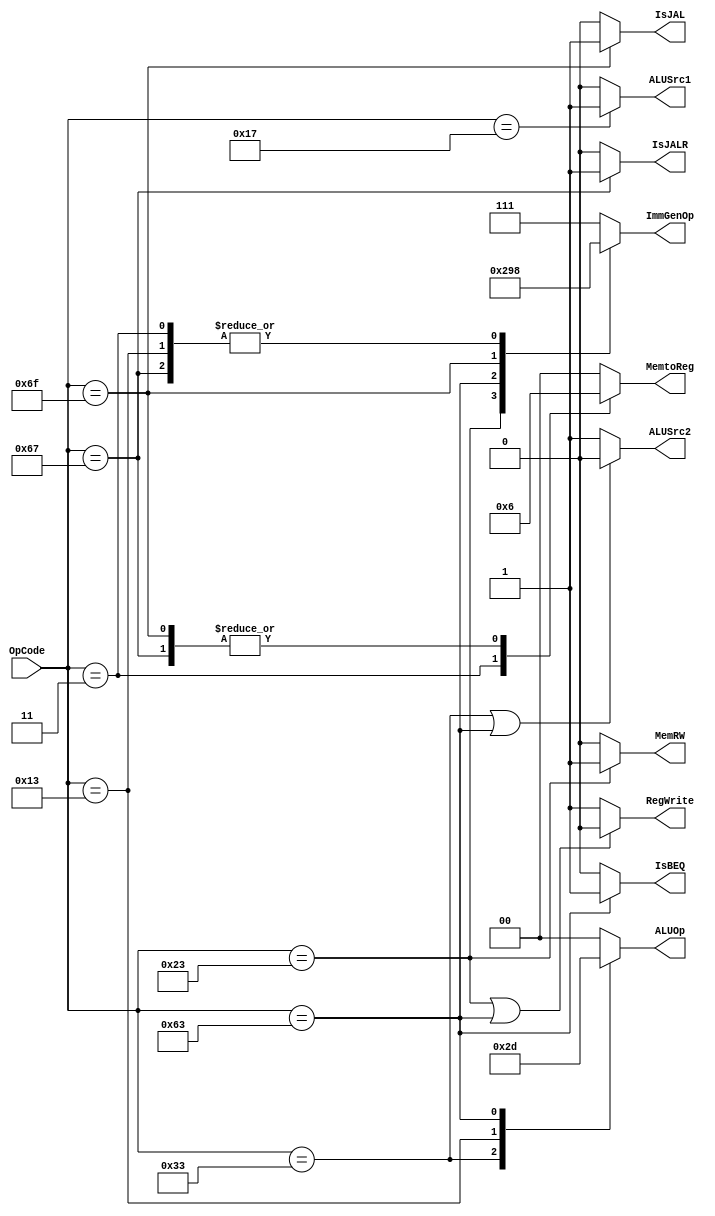
// Your code
module control(
    OpCode, //Instruction[6:0]
    ALUOp,  //to ALUctl
    RegWrite,
    ALUSrc1, 
    ALUSrc2,
    IsBEQ,
    IsJAL,
    IsJALR,
    MemRW,
    MemtoReg,
    ImmGenOp);
    // Definition of ports
    input  [6:0]  OpCode;

    output [1:0]  ALUOp;
    output        RegWrite;
    output        ALUSrc1;
    output        ALUSrc2;
    output        IsBEQ;
    output        IsJAL;
    output        IsJALR;
    output        MemRW;
    output [1:0]  MemtoReg;//00:alu 01:data mem 10:PC+4
    output [2:0]  ImmGenOp;

    parameter Rtype = 7'b0110011;//add, sub, include MUL
    parameter Itype = 7'b0010011;//addi, slti   
    parameter LW    = 7'b0000011;
    parameter SW    = 7'b0100011;
    parameter BEQ   = 7'b1100011;
    parameter JAL   = 7'b1101111;
    parameter JALR  = 7'b1100111;
    parameter AUIPC = 7'b0010111;

    //reg  [ 6:0] in_op;
    reg  [2:0] immgenop;
    reg  [1:0] aluop,  memtoreg;
    reg        regwrite, alusrc1, alusrc2, beq, jal, jalr, memrw;

    // Todo 5: wire assignments
    assign ALUOp    = aluop;
    assign RegWrite = regwrite;
    assign ALUSrc1  = alusrc1;
    assign ALUSrc2  = alusrc2;
    assign IsBEQ    = beq;
    assign IsJAL    = jal;
    assign IsJALR   = jalr;    
    assign MemRW    = memrw;
    assign MemtoReg = memtoreg;
    assign ImmGenOp = immgenop;

    // Combinational always block
    always @(*) begin
        case(OpCode)
            Rtype:  aluop = 2'b10;
            Itype:  aluop = 2'b11;
            BEQ  :  aluop = 2'b01;
            default:aluop = 2'b00;
        endcase
        
        regwrite = ((OpCode==SW)||(OpCode==BEQ))? 0:1;
        alusrc1  = (OpCode==AUIPC)? 1:0;
        alusrc2  = ((OpCode==Rtype)||(OpCode==BEQ))? 0:1;
        memrw    = (OpCode==SW   )? 1:0;

        beq      = (OpCode==BEQ  )? 1:0;
        jal      = (OpCode==JAL  )? 1:0;
        jalr     = (OpCode==JALR )? 1:0;

        case(OpCode)
            LW   :  memtoreg = 2'b01;
            JAL  :  memtoreg = 2'b10;
            JALR :  memtoreg = 2'b10;
            default:memtoreg = 2'b00;
        endcase 

        case(OpCode)
            Itype:  immgenop = 3'b000;
            LW   :  immgenop = 3'b000;
            SW   :  immgenop = 3'b001; // s-type
            BEQ  :  immgenop = 3'b010; // sb-type
            JAL  :  immgenop = 3'b011; // uj-type
            JALR :  immgenop = 3'b000; // i-type
            default:immgenop = 3'b111;
        endcase
    end
endmodule 

module ALUControl(ALUOp, Funct, ALUCtl, MULValid, ShiftCtl, Src);
	input   [1:0] ALUOp ;
	input   [4:0] Funct ; // Instruction[30, 25, 14:12]
	output  reg [3:0] ALUCtl;
	output  reg       MULValid;
    output  reg [1:0] ShiftCtl;
    output  reg [1:0] Src;
	always @(*) begin
        MULValid = 0;
		case (ALUOp)
            2'b00:begin
                ALUCtl = 4'b0010;
                ShiftCtl = 2'b00;
                Src=2'b01;
            end
            2'b01:begin
                ALUCtl = 4'b0110;
                ShiftCtl = 2'b00;
                Src=(Funct[2:0]==3'b000)?2'b01:2'b00;                
            end
			2'b11: begin //Itype
                ALUCtl = 4'b0010; // lw, sw -> add  

                case (Funct[2:0])
                    3'b000:begin //addi
                        ALUCtl   = 4'b0010;
                        ShiftCtl = 2'b00;
                        Src      = 2'b01;
                    end
                    3'b010:begin //slti
                        ALUCtl   = 4'b0110;
                        ShiftCtl = 2'b00; 
                        Src      = 2'b00;
                    end                       
                    3'b001:begin // slli
                        ShiftCtl = 2'b00;
                        Src      = 2'b11;
                    end
                    3'b101:begin
                        ShiftCtl = (Funct[4]==0)?2'b01:2'b11; // srli or srai
                        Src      = 2'b11;
                    end
                    default:begin
                        ShiftCtl = 2'b00; 
                        Src      = 2'b11;
                    end
                endcase

            end

            2'b10: begin // R-type
                Src = 2'b01;
                ShiftCtl = 2'b00; 
                case (Funct)
                    5'b00000: ALUCtl = 4'b0010; // add
                    5'b10000: ALUCtl = 4'b0110; // subtract
                    5'b00111: ALUCtl = 4'b0000; // AND
                    5'b00110: ALUCtl = 4'b0001; // OR
                    5'b01000:begin
                        ALUCtl = 4'b0010;
                        MULValid = 1; // MUL
                        Src = 2'b10;
                    end
                    default: ALUCtl = 4'b0010;
                endcase
            end
            default: begin
                ALUCtl = 4'b0010;
                Src = 2'b01;
                ShiftCtl = 2'b01; 
            end
        endcase
    end
endmodule

module shift(
    shiftctrl,
    rs1,
    in_2, // instruction[24:20]
    shift_out);

    input [1:0]  shiftctrl;
    input signed [31:0] rs1;
    input [31:0] in_2;
    output[31:0] shift_out;


    parameter sl  = 2'b00;
    parameter sr  = 2'b01;
    parameter sra = 2'b11;

    reg   [31:0] out;

    assign shift_out=out;

    always @(*) begin
        case(shiftctrl)
            sl :    out = rs1<<in_2;
            sr :    out = rs1>>in_2;
            sra:    out = rs1>>>in_2;
            default:out =0;
        endcase
    end
endmodule

module ALU(alu_in1,alu_in2,zero,alu_result,alu_control,sign);

	//Definition of ports
	input [3:0] alu_control;
	input [31:0] alu_in1,alu_in2;
	output zero;
	output[31:0] alu_result;
    output sign;

	assign alu_result = (alu_control==4'b0000)?(alu_in1 & alu_in2):
	             		(alu_control==4'b0001)?(alu_in1 | alu_in2):
				 		(alu_control==4'b0010)?(alu_in1 + alu_in2):
				 		(alu_control==4'b0110)?(alu_in1 - alu_in2):32'b0;

	assign zero = (alu_result == 32'b0)?1:0;

    assign sign = alu_result[31];

endmodule

module ImmGen(
    ImmGenOp,
    Inst,
    Imm
);
    input [2:0]  ImmGenOp;
    input [31:0] Inst;
    output[31:0] Imm;

    parameter I =3'b000;
    parameter S =3'b001;
    parameter SB=3'b010;
    parameter UJ=3'b011;
    parameter U =3'b100;

    reg   [31:0] out;

    assign Imm=out;

    always @(*) begin
        case(ImmGenOp)
            I :     out={{21{Inst[31]}}, Inst[30:20]};
            S :     out={{21{Inst[31]}}, Inst[30:25], Inst[11:7]};
            SB:     out={{20{Inst[31]}}, Inst[7],     Inst[30:25], Inst[11:8],  1'b0};
            UJ:     out={{12{Inst[31]}}, Inst[19:12], Inst[20],    Inst[30:21], 1'b0};
            U :     out={Inst[31:12],    {12{1'b0}} };
            default:out=0;
        endcase
    end
endmodule

module CHIP(clk,
            rst_n,
            // For mem_D
            mem_wen_D,
            mem_addr_D,
            mem_wdata_D,
            mem_rdata_D,
            // For mem_I
            mem_addr_I,
            mem_rdata_I);

    input         clk, rst_n ;
    // For mem_D
    output        mem_wen_D  ;
    output [31:0] mem_addr_D ;
    output [31:0] mem_wdata_D;
    input  [31:0] mem_rdata_D;
    // For mem_I
    output [31:0] mem_addr_I ;
    input  [31:0] mem_rdata_I;
    
    //---------------------------------------//
    // Do not modify this part!!!            //
    // Exception: You may change wire to reg //
    reg    [31:0] PC          ;              //
    wire   [31:0] PC_nxt      ;              //
    wire          regWrite    ;              //
    reg    [ 4:0] rs1, rs2, rd;              //
    wire   [31:0] rs1_data    ;              //
    wire   [31:0] rs2_data    ;              //
    wire   [31:0] rd_data     ;              //
    //---------------------------------------//

    // Todo: other wire/reg   
    reg    [ 6:0] OpCode;
    always @(*) begin
        OpCode  = mem_rdata_I[6:0];
        rd      = mem_rdata_I[11: 7];
        rs1     = mem_rdata_I[19:15];
	    rs2     = mem_rdata_I[24:20];
    end
    wire    [ 1:0] ALUOp;
    wire           ALUSrc1; // 1: is auipc
    wire           ALUSrc2; // 0: is r-type
    wire           IsBEQ;
    wire           IsJAL;
    wire           IsJALR;
    wire           MemRW;
    wire   [ 1:0]  MemtoReg;
    wire   [ 2:0]  ImmGenOp; 
    wire   [ 4:0]  Funct;
    assign Funct = {mem_rdata_I[30], mem_rdata_I[25], mem_rdata_I[14:12]};
    wire    [ 3:0] ALUCtl;
    wire           MULValid;
    wire    [ 1:0] ShiftCtl;

    wire    [31:0] A;
    wire   [31:0] B;
    wire   [31:0] ImmGenout;
    assign A = (ALUSrc1) ? PC : rs1_data;
    assign B = (ALUSrc2) ? ImmGenout : rs2_data;
    wire   [31:0] Shiftout;
    wire          done;
    wire          sign;
    wire          Zero;
    wire   [ 1:0] set;
    wire   [31:0] ALUout;
    wire   [31:0] ALUResult;
    wire   [63:0] MULout;
 
    control ctl0(
        .OpCode(OpCode),
        .ALUOp(ALUOp),
        .RegWrite(regWrite),
        .ALUSrc1(ALUSrc1),
        .ALUSrc2(ALUSrc2),
        .IsBEQ(IsBEQ),
        .IsJAL(IsJAL),
        .IsJALR(IsJALR),
        .MemRW(MemRW),
        .MemtoReg(MemtoReg),
        .ImmGenOp(ImmGenOp));

    wire    [31:0] PC_4;        // use PC+4 for many operations -> set a wire for PC+4
    assign PC_4 = PC + 32'd4;

    assign mem_wen_D   = MemRW;
    assign mem_addr_D  = ALUout; // when addr is used -> must be add/sub
    assign mem_wdata_D = rs2_data;
    assign mem_addr_I  = PC;

    assign ALUResult = (set==2'b00) ? sign : 
                       (set==2'b01) ? ALUout : 
                       (set==2'b10) ? MULout[31:0] : Shiftout ;

    assign rd_data = (MemtoReg==2'b00) ? ALUResult   :
                     (MemtoReg==2'b01) ? mem_rdata_D :
                     (MemtoReg==2'b10) ? PC_4        : 0;

    ALUControl aluctl0(
        .ALUOp(ALUOp),
	    .Funct(Funct), // Instruction[30, 25, 14:12]
	    .ALUCtl(ALUCtl),
	    .MULValid(MULValid),
        .ShiftCtl(ShiftCtl),
        .Src(set));

    ImmGen imm0(
        .ImmGenOp(ImmGenOp),
        .Inst(mem_rdata_I),
        .Imm(ImmGenout));

    shift sft0(
        .shiftctrl(ShiftCtl),
        .rs1(A),
        .in_2(B), // instruction[24:20]
        .shift_out(Shiftout));

    ALU alu0(
        .alu_in1(A),
        .alu_in2(B),
        .zero(Zero),
        .alu_result(ALUout),
        .alu_control(ALUCtl),
        .sign(sign));

    multDiv mul0(
        .clk(clk),
        .rst_n(rst_n),
        .valid(MULValid), 
        .ready(done), 
        .mode(1'b0), 
        .in_A(A), 
        .in_B(B), 
        .out(MULout));
    //---------------------------------------//
    // Do not modify this part!!!            //
    reg_file reg0(                           //
        .clk(clk),                           //
        .rst_n(rst_n),                       //
        .wen(regWrite),                      //
        .a1(rs1),                            //
        .a2(rs2),                            //
        .aw(rd),                             //
        .d(rd_data),                         //
        .q1(rs1_data),                       //
        .q2(rs2_data));                      //
    //---------------------------------------//
    
    // Todo: any combinational/sequential circuit

	assign PC_nxt = (IsJALR) ? ALUResult : ((IsJAL | (IsBEQ & (Zero | (mem_rdata_I[14:12]==3'b101 & !sign))))? PC + ImmGenout : (done==MULValid) ? PC_4 : PC);

    always @(posedge clk or negedge rst_n) begin
        if (!rst_n) begin
            PC <= 32'h00010000; // Do not modify this value!!!
            
        end
        else begin
            PC <= PC_nxt;
            
        end
    end
endmodule

module reg_file(clk, rst_n, wen, a1, a2, aw, d, q1, q2);
   
    parameter BITS = 32;
    parameter word_depth = 32;
    parameter addr_width = 5; // 2^addr_width >= word_depth
    
    input clk, rst_n, wen; // wen: 0:read | 1:write
    input [BITS-1:0] d;
    input [addr_width-1:0] a1, a2, aw;

    output [BITS-1:0] q1, q2;

    reg [BITS-1:0] mem [0:word_depth-1];
    reg [BITS-1:0] mem_nxt [0:word_depth-1];

    integer i;

    assign q1 = mem[a1];
    assign q2 = mem[a2];

    always @(*) begin
        for (i=0; i<word_depth; i=i+1)
            mem_nxt[i] = (wen && (aw == i)) ? d : mem[i];
    end

    always @(posedge clk or negedge rst_n) begin
        if (!rst_n) begin
            mem[0] <= 0;
            for (i=1; i<word_depth; i=i+1) begin
                case(i)
                    32'd2: mem[i] <= 32'hbffffff0;
                    32'd3: mem[i] <= 32'h10008000;
                    default: mem[i] <= 32'h0;
                endcase
            end
        end
        else begin
            mem[0] <= 0;
            for (i=1; i<word_depth; i=i+1)
                mem[i] <= mem_nxt[i];
        end       
    end
endmodule

module multDiv(clk, rst_n, valid, ready, mode, in_A, in_B, out);
  
    // Definition of ports
    input         clk, rst_n;
    input         valid, mode; // mode: 0: multu, 1: divu
    output        ready;
    input  [31:0] in_A, in_B;
    output [63:0] out;

    // Definition of states
    parameter IDLE = 2'b00;
    parameter MULT = 2'b01;
    parameter DIV  = 2'b10;
    parameter OUT  = 2'b11;

    // Todo: Wire and reg
    reg  [ 1:0] state, state_nxt;
    reg  [ 4:0] counter, counter_nxt;
    reg  [63:0] shreg, shreg_nxt;
    reg  [31:0] alu_in, alu_in_nxt;
    reg  [32:0] alu_out;
    reg  ready_nxt,ready,m,m_nxt; 
    reg  [31:0] inputA_nxt,inputA,divisor,divisor_nxt,quotient,quotient_nxt;
    reg  [63:0] partial_s,partial_s_nxt,multiplicand,multiplicand_nxt;
    reg  [31:0] remainder,remainder_nxt;

    // Todo 5: wire assignments
    assign out = shreg_nxt;
    //assign out[63:32] = remainder;
    //assign out[31:0] = quotient;

    // Combinational always block
    // Todo 1: State machine
    always @(*) begin
        case(state)
            IDLE: begin 
                ready_nxt = 0;
                m_nxt =0;
                state_nxt = IDLE;
            	if(valid == 1 && mode == 0)
            		state_nxt = MULT;
            	else if (valid == 1 && mode == 1)
            		state_nxt = DIV;
            	else if (valid == 0)
            		state_nxt = IDLE;
            end
            MULT: begin
                if (counter == 31) begin
                    ready_nxt = 1;
                    m_nxt = 0;
            		state_nxt = OUT;
                end 
            	else begin
                    ready_nxt = 0;
                    m_nxt = 0;
                    state_nxt = MULT;
                end
            end
            DIV : begin
                ready_nxt = 0;
            	if (counter == 31) begin
                    ready_nxt = 1;
                    m_nxt = 1;
            		state_nxt = OUT;
                end
            	else begin
                    ready_nxt = 0;
                    m_nxt = 0;
                    state_nxt = DIV;
                end
            end
            OUT : begin
                 m_nxt = 0;
                 ready_nxt = 0;
                 state_nxt = IDLE;
            end
        endcase
    end
    // Todo 2: Counter
    always @(*) begin
    	case(state)
    		IDLE: counter_nxt = 0;
    		OUT : counter_nxt = 0;
    		MULT: counter_nxt = counter + 1;
    		DIV : counter_nxt = counter + 1;
    	endcase
    end

    // ALU input
    always @(*) begin
        case(state)
            IDLE: begin
                if (valid) alu_in_nxt = in_B;
                else       alu_in_nxt = 0;
            end
            MULT: begin
                alu_in_nxt = in_B;
            end
            DIV: begin
                alu_in_nxt = in_B;
            end
            OUT : alu_in_nxt = 0;
            default: alu_in_nxt = alu_in;
        endcase
    end

    // Todo 3: ALU output
    always @(*) begin
    	case(state)
    		IDLE: begin
    			inputA_nxt = in_A;
                divisor_nxt = in_B;
                multiplicand_nxt[63:32] = 0;
                multiplicand_nxt[31:0] = in_B;
                remainder_nxt = in_A;
    			//alu_out = 0;
    			partial_s_nxt = 0;
                quotient_nxt = 0;
    		end

    		MULT: begin
                divisor_nxt = divisor;
                quotient_nxt = 0;
                remainder_nxt = 0;
                partial_s_nxt = partial_s;
                inputA_nxt = inputA;
                multiplicand_nxt = multiplicand;

    			if (inputA[0]==0) begin
    				multiplicand_nxt = (multiplicand<<1);
    				inputA_nxt = (inputA>>1);
                    partial_s_nxt = partial_s;
                    remainder_nxt = 0;
    			end

    			else if (inputA[0]==1) begin
                    partial_s_nxt = partial_s + multiplicand;
    				multiplicand_nxt = (multiplicand<<1);
    				inputA_nxt = (inputA>>1);
                    remainder_nxt = 0;
    			end
    		end

    		DIV: begin
                partial_s_nxt = 0;
                multiplicand_nxt = 0;
                inputA_nxt = 0;
                divisor_nxt = divisor;

                if (remainder < divisor) begin
                    quotient_nxt = quotient + 0;
                    remainder_nxt = remainder;

                end
                else if (remainder >= divisor) begin
                    remainder_nxt = remainder - divisor;
                    quotient_nxt = quotient + 1;   			
    			end
                else begin
                    remainder_nxt = 0;
                    quotient_nxt =0;
                end
            end
            OUT: begin
                inputA_nxt = 0;
                multiplicand_nxt = 0;
                remainder_nxt = 0;
                partial_s_nxt = 0;
                quotient_nxt = 0;
                divisor_nxt = 0;
            end
    	endcase
    end 
 
    // Todo 4: Shift register
    always @(*) begin
    	case(state)
    		IDLE: begin
    			if(valid) begin
                    shreg_nxt[31:0] = in_A;
                    shreg_nxt[63:32] = 0;
                end
    			else begin 
                    shreg_nxt = 0;
                end
    		end
    		MULT: begin
    			shreg_nxt = partial_s;
    		end

    		DIV : begin
    			shreg_nxt = {remainder,quotient};
    		end

            OUT: begin
                if (m == 0) begin
                    shreg_nxt = partial_s;
                end
                else if (m == 1) begin
                    shreg_nxt = {remainder,quotient};
                end
            end
    		default: shreg_nxt[63:0] = {32'b0,in_A};
    	endcase
    end

    // Todo: Sequential always block
    always @(posedge clk or negedge rst_n) begin
        if (!rst_n) begin
            state <= IDLE;
            alu_in <=0;
            counter <= 0;
            inputA <= in_A;
            multiplicand[63:32] <= 0;
            multiplicand[31:0] <= in_B;
            remainder <= 0;
            shreg <= 0;
            partial_s <= 0;
            ready <= 0;
            divisor <= in_B;
            quotient <= 0;
            m <= mode;
        end
        else begin
            state <= state_nxt;
            alu_in <= alu_in_nxt;
            counter <= counter_nxt;
            inputA <= inputA_nxt;
            partial_s <= partial_s_nxt;
            multiplicand <= multiplicand_nxt;
            alu_out <= multiplicand_nxt[32:0];
            remainder <= remainder_nxt;
            shreg <= shreg_nxt;
            ready <= ready_nxt;
            divisor <= divisor_nxt;
            quotient <= quotient_nxt;
            m <= m_nxt;
        end
    end
endmodule